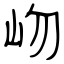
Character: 岉